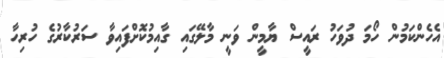
އެހެންކަމުން ހޯމަ ދުވަހު ރައީސް ޔާމީން ވަނީ މާލޭގައި ގާއިމުކޮށްފައިވާ ސަރުކާރުގެ ހުރިހާ